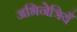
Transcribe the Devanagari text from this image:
अभिनेत्रियँ